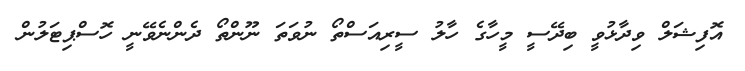
އޮފިޝަލް ވިދާޅުވީ ބިދޭސީ މީހާގެ ހާލު ސީރިއަސްތޯ ނުވަތަ ނޫންތޯ ދެންނެވޭނީ ހޮސްޕިޓަލުން